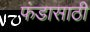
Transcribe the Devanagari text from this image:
फंडासाठी